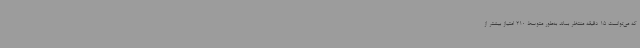
که می‌توانست 15 دقیقه منتظر بماند به‌طور متوسط 210 امتیاز بیشتر از